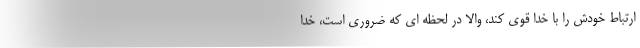
ارتباط خودش را با خدا قوی کند، والّا در لحظه ای که ضروری است، خدا